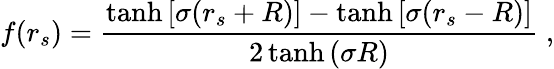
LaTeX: f(r_{s})=\frac{\operatorname{tanh}{[\sigma(r_{s}+R)]}-\operatorname{tanh}{[\sigma(r_{s}-R)]}}{2\operatorname{tanh}{(\sigma R)}}\; ,